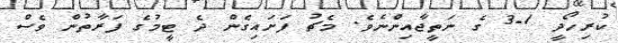
ކުރިހޯދީ 1-3 ގެ ނަތީޖާއިންނެވެ. މެޗު ފަށައިގެން ދެ ޓީމުގެ ފަރާތުން ވެސް